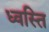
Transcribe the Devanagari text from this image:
ध्वस्ति